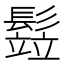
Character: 𩮗